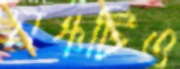
মঞ্চটিও